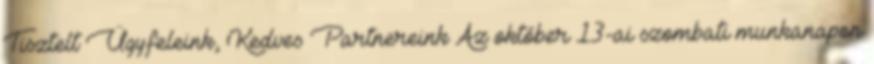
Tisztelt Ügyfeleink, Kedves Partnereink Az október 13-ai szombati munkanapon